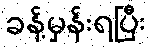
ခန့်မှန်းရပြီး